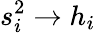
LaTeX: s_{i}^{2}\to h_{i}